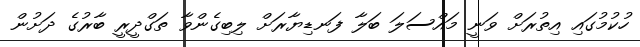
ހުކުމުގައި އިތުރަށް ވަނީ މައްސަލަ ބަލާ ފަނޑިޔާރަށް ލިބިގެންވާ ތަގްދީރީ ބާރުގެ ދަށުން